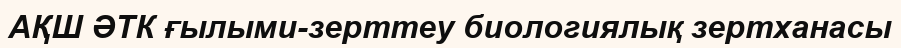
АҚШ ӘТК ғылыми-зерттеу биологиялық зертханасы